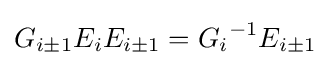
G_{i\pm 1}E_{i}E_{i\pm 1}={G_{i}}^{-1}E_{i\pm 1}